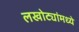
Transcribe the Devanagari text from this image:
लखोट्यांमध्ये